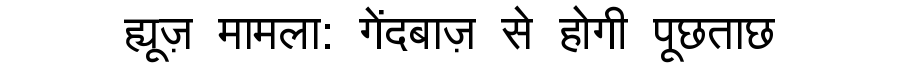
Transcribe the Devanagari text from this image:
ह्यूज़ मामला: गेंदबाज़ से होगी पूछताछ